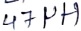
Text: 47µH